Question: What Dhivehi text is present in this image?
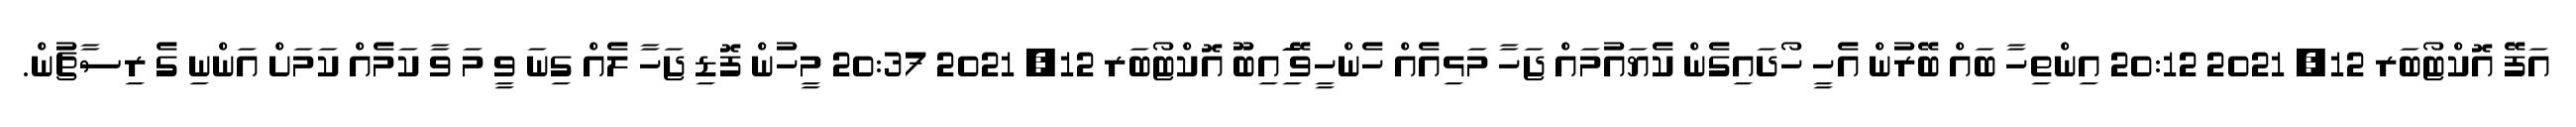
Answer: އަފޭ އޮކްޓޯބަރ 12, 2021 20:12 އިންތިހާ ބައް ބޭރުން އެހީ ހޯދައިގެން ކެޔައުމައް ޖަހާ މަޅިއެއް ހެންހީވޭ ަިަައިބޫ އޮކްޓޯބަރ 12, 2021 20:37 މީހުން ފޮޑި ޖަހާ ލެއް ގިނަ ވީ މަ ވާ ކަމެއް ކަމަށް އަންނި ގެ ރިސާޗުން.